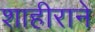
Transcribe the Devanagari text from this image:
शाहीराने